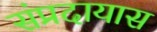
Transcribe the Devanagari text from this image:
संप्रदायास